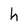
Character: h